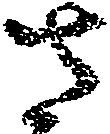
さ